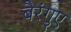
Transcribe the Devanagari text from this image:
बैरंगुए